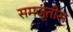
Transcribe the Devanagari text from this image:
समजूतीस